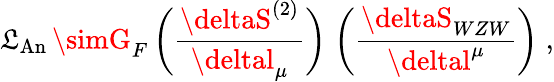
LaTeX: {\cal{\mathfrak{L}}}_{\mathrm{{An}}}\, \simG_{F}\, \biggl(\frac{{\deltaS^{(2)}}}{{\deltal_{\mu}}}\biggr)\; \biggl(\frac{{\deltaS_{WZW}}}{{\deltal^{\mu}}}\biggr)\; ,